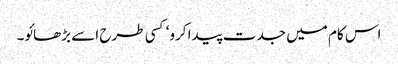
اس کام میں جدت پیدا کرو‘ کسی طرح اسے بڑھائو۔